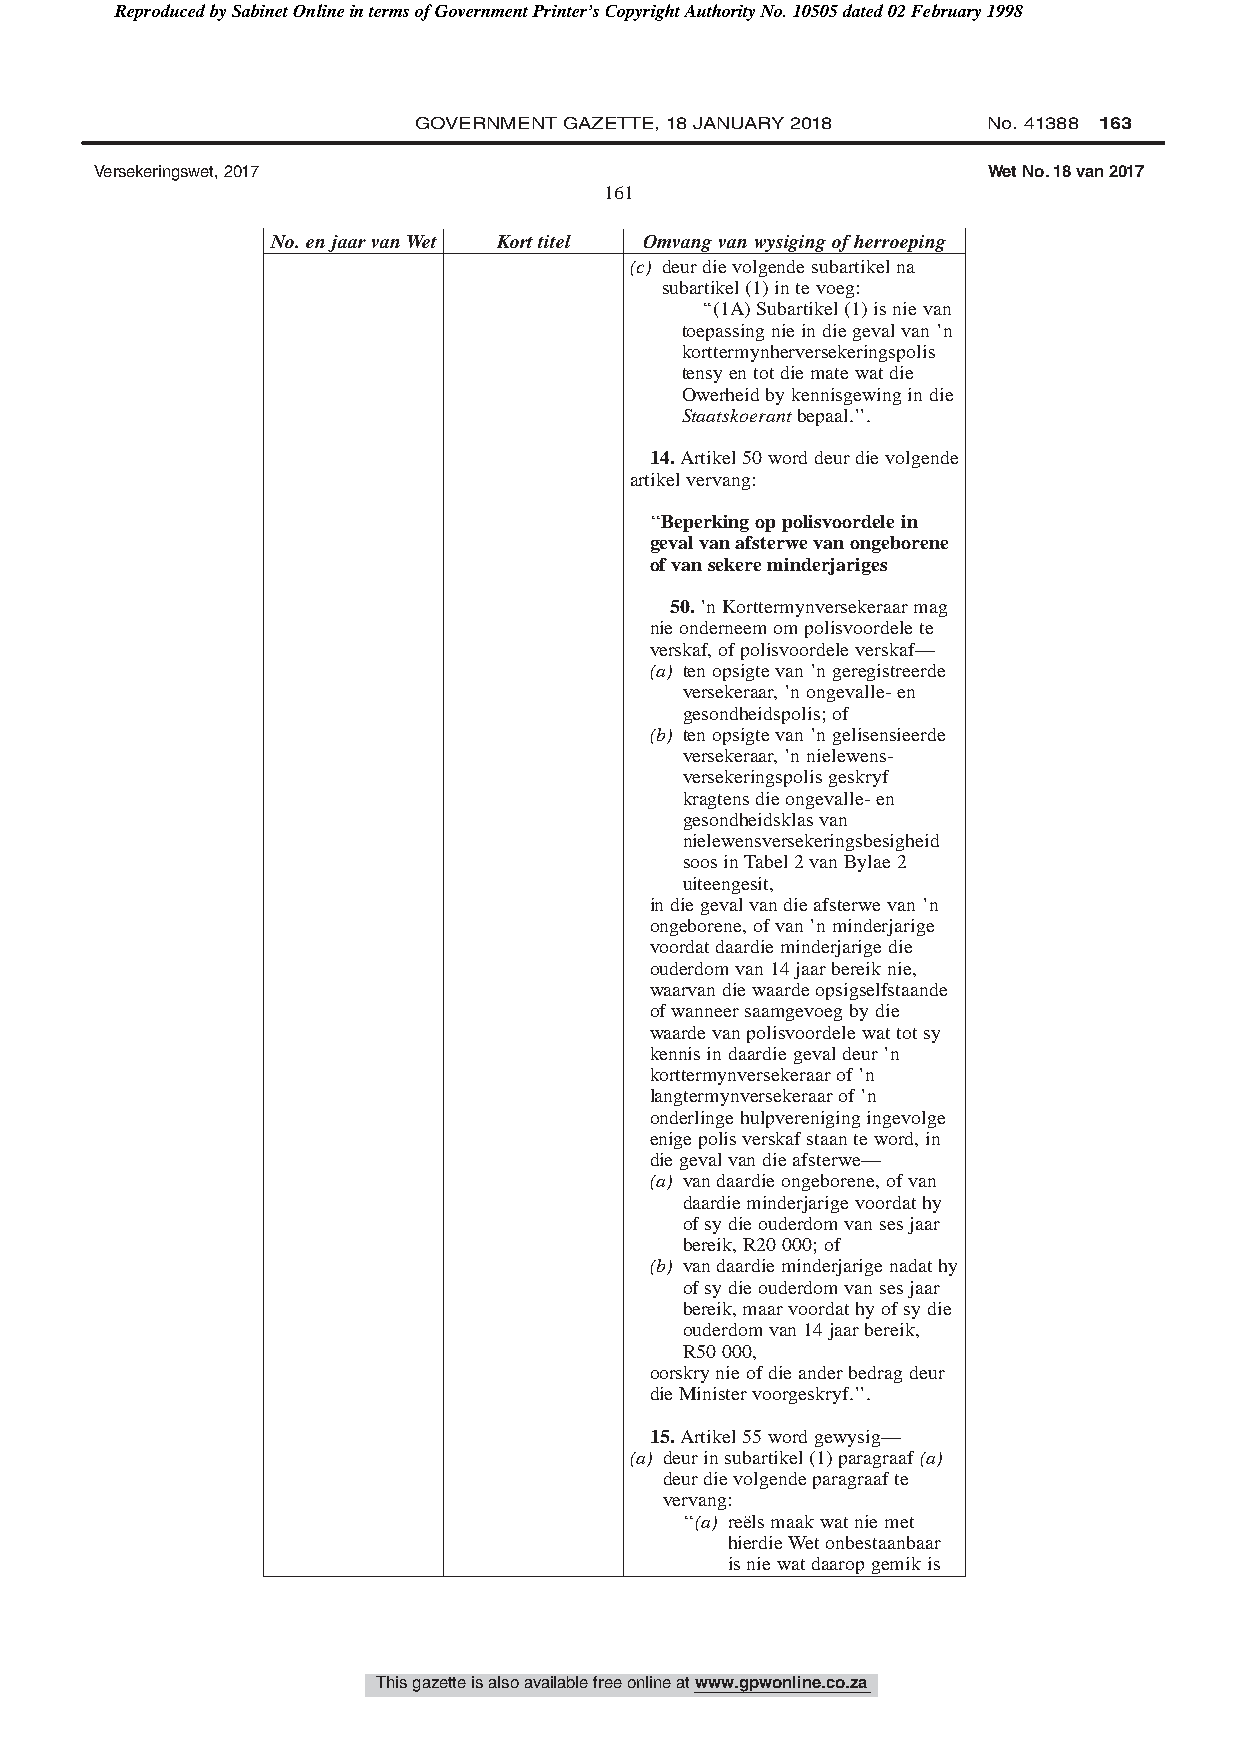
Reproduced by Sabinet Online in terms of Government Printer’s Copyright Authority No. 10505 dated 02 February 1998
 GOVERNMENT GAZETTE, 18 JANUARY 2018   No. 41388 163
 Versekeringswet, 2017                                      Wet No. 18 van 2017
 161
 No.enjaarvanWet Korttitel Omvangvanwysigingofherroeping
 (c) deurdievolgendesubartikelna
 subartikel(1)intevoeg:
 ‘‘(1A)Subartikel(1)isnievan
 toepassingnieindiegevalvan’n
 korttermynherversekeringspolis
 tensyentotdiematewatdie
 Owerheidbykennisgewingindie
 Staatskoerantbepaal.’’.
 14.Artikel50worddeurdievolgende
 artikelvervang:
 ‘‘Beperkingoppolisvoordelein
 gevalvanafsterwevanongeborene
 ofvansekereminderjariges
 50.’nKorttermynversekeraarmag
 nieonderneemompolisvoordelete
 verskaf,ofpolisvoordeleverskaf—
 (a) tenopsigtevan’ngeregistreerde
 versekeraar,’nongevalle-en
 gesondheidspolis;of
 (b) tenopsigtevan’ngelisensieerde
 versekeraar,’nnielewens-
 versekeringspolisgeskryf
 kragtensdieongevalle-en
 gesondheidsklasvan
 nielewensversekeringsbesigheid
 soosinTabel2vanBylae2
 uiteengesit,
 indiegevalvandieafsterwevan’n
 ongeborene,ofvan’nminderjarige
 voordatdaardieminderjarigedie
 ouderdomvan14jaarbereiknie,
 waarvandiewaardeopsigselfstaande
 ofwanneersaamgevoegbydie
 waardevanpolisvoordelewattotsy
 kennisindaardiegevaldeur’n
 korttermynversekeraarof’n
 langtermynversekeraarof’n
 onderlingehulpverenigingingevolge
 enigepolisverskafstaanteword,in
 diegevalvandieafsterwe—
 (a) vandaardieongeborene,ofvan
 daardieminderjarigevoordathy
 ofsydieouderdomvansesjaar
 bereik,R20000;of
 (b) vandaardieminderjarigenadathy
 ofsydieouderdomvansesjaar
 bereik,maarvoordathyofsydie
 ouderdomvan14jaarbereik,
 R50000,
 oorskrynieofdieanderbedragdeur
 dieMinistervoorgeskryf.’’.
 15.Artikel55wordgewysig—
 (a) deurinsubartikel(1)paragraaf(a)
 deurdievolgendeparagraafte
 vervang:
 ‘‘(a) reëlsmaakwatniemet
 hierdieWetonbestaanbaar
 isniewatdaaropgemikis
 This gazette is also available free online at www.gpwonline.co.za